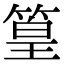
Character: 篁